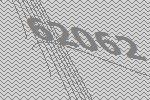
62062